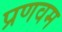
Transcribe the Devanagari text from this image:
प्रणवम